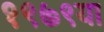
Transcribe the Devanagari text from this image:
१९७९या